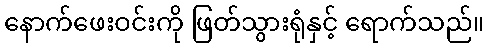
နောက်ဖေးဝင်းကို ဖြတ်သွားရုံနှင့် ရောက်သည်။